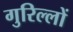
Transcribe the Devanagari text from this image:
गुरिल्लों